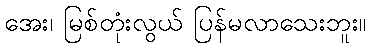
အေး၊ မြစ်တုံးလွယ် ပြန်မလာသေးဘူး။